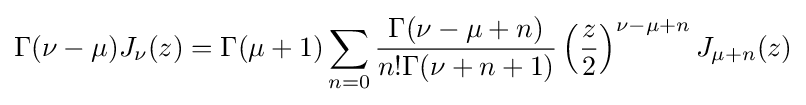
\Gamma (\nu -\mu )J_{\nu }(z)=\Gamma (\mu +1)\sum _{n=0}{\frac {\Gamma (\nu -\mu +n)}{n!\Gamma (\nu +n+1)}}\left({\frac {z}{2}}\right)^{\nu -\mu +n}J_{\mu +n}(z)